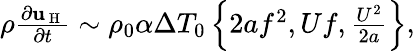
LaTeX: \begin{array}{r}{\rho\frac{\partial\mathbf{u}_{\mathrm{~H~}}}{\partial t}\sim\rho_{0}\alpha\Delta T_{0}\left\{ 2af^{2},Uf,\frac{U^{2}}{2a}\right\} ,}\end{array}